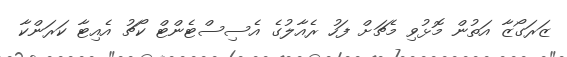
ޒަރަގޯޒާ އަތުން މޮޅުވި މެޗަށް ފަހު ރެއާލުގެ އެސިސްޓެންޓް ކޯޗު އެއިޓާ ކަރަންކާ